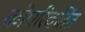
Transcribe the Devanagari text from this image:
कोपरिवर्तित